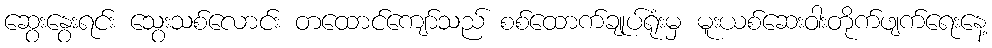
ဆွေးနွေးရင်း သွေးသစ်လောင်း တထောင်ကျော်သည် စစ်ထောက်ချုပ်ရုံးမှ မူးယစ်ဆေးဝါးတိုက်ဖျက်ရေးနေ့